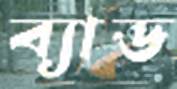
ব্যাড